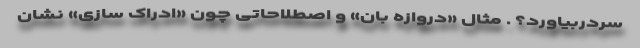
سردربیاورد؟ . مثال «دروازه بان» و اصطلاحاتی چون «ادراک سازی» نشان